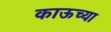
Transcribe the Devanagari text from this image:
काऊच्या